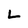
Character: L